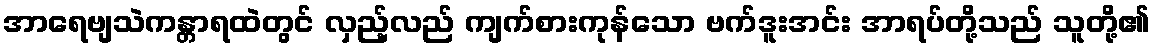
အာရေဗျသဲကန္တာရထဲတွင် လှည့်လည် ကျက်စားကုန်သော ဗက်ဒူးအင်း အာရပ်တို့သည် သူတို့၏